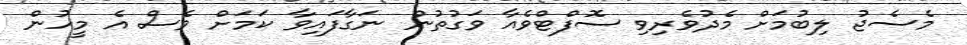
މެސެޖު ލިބުމަށް މެދުވެރިވި ސޮފްޓްވެއާ ވަގުތުން ނަގާފައިވާ ކަމަށް ވެސް އެ މީހުން